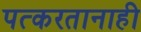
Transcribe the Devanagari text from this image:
पत्करतानाही